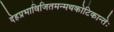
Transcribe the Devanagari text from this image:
देहप्रभाविजितमन्मथकोटिकान्तेः